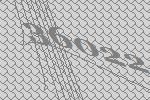
36022